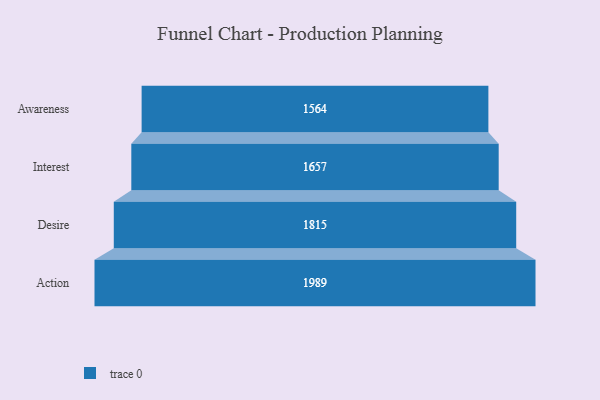
{"axis": {"x": "Stage", "y": "Value"}, "legend": [""], "data": [{"x": "Awareness", "y": 1564.0, "type": ""}, {"x": "Interest", "y": 1657.0, "type": ""}, {"x": "Desire", "y": 1815.0, "type": ""}, {"x": "Action", "y": 1989.0, "type": ""}]}